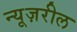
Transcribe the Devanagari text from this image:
न्यूज़रील